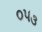
૦૫૩